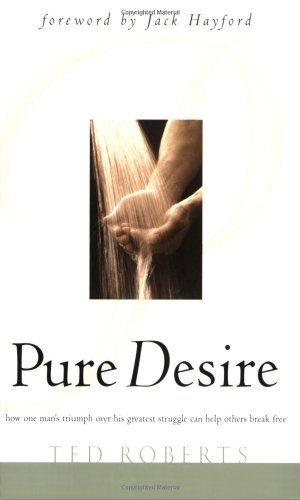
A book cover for Pure Desire: How One Man's Triumph Over His Greatest Struggle Can Help Others Break Free; Ted Roberts; Health, Fitness & Dieting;